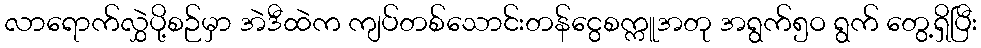
လာရောက်လွှဲပို့စဉ်မှာ အဲဒီထဲက ကျပ်တစ်သောင်းတန်ငွေစက္ကူအတု အရွက်၅ဝ ရွက် တွေ့ရှိပြီး